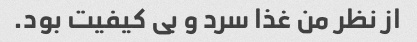
از نظر من غذا سرد و بی کیفیت بود.